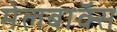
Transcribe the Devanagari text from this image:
मेलबाॅक्स